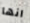
انها